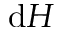
\mathrm { d } H